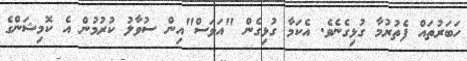
ހަބަރުތައް ފެތުރުމާ ގުޅިގެނެވެ. އެކަމާ ގުޅިގެން "އަވަސް"އިން ސުވާލު ކުރުމުން އެ ކޮމިޝަންގެ